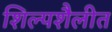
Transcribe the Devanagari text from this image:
शिल्पशैलीत